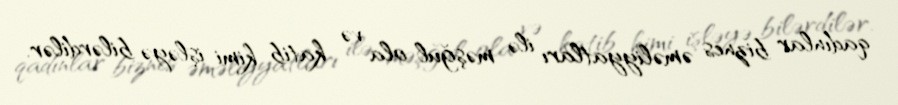
qadınlar biznes əməliyyatları ilə məşğul ola və katib kimi işləyə bilərdilər.